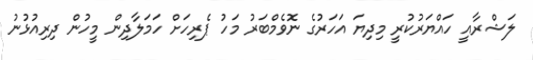
ލަޝްރާއީ ހައްޔަރުކުރީ މިދިޔަ އަހަރުގެ ނޮވެމްބަރު މަހު ޕެރިހަށް ހަމަލާދިން މީހުން ދިރިއުޅުނު